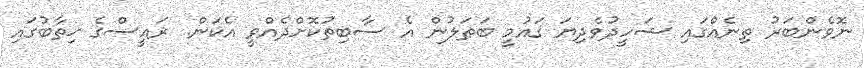
ނޮވެންބަރު ތިނެއްގައި ޝަހީދުވެދިޔަ ޤައުމީ ބަޠަލުން އެ ސާބިތުކޮށްދެއްވީ އެކަން. ރައީސްގެ ޚިތާބުގައި